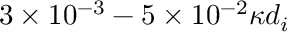
3 \times 1 0 ^ { - 3 } - 5 \times 1 0 ^ { - 2 } \kappa d _ { i }